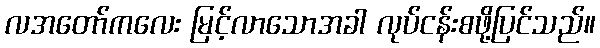
လအတော်ကလေး မြင့်လာသောအခါ လုပ်ငန်းစဖို့ပြင်သည်။